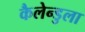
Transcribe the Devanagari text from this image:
कैलेन्डुला